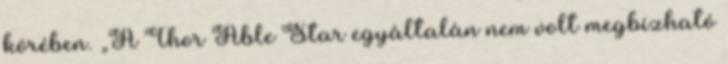
körében. „A Thor Able Star egyáltalán nem volt megbízható